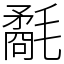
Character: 氄